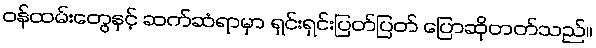
ဝန်ထမ်းတွေနှင့် ဆက်ဆံရာမှာ ရှင်းရှင်းပြတ်ပြတ် ပြောဆိုတတ်သည်။